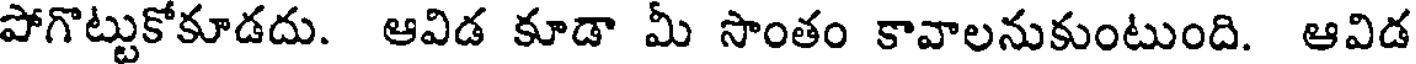
పోగొట్టుకోకూడదు. ఆవిడ కూడా మీ సొంతం కావాలనుకుంటుంది. ఆవిడ